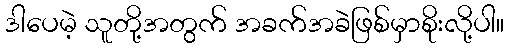
ဒါပေမဲ့ သူတို့အတွက် အခက်အခဲဖြစ်မှာစိုးလို့ပါ။